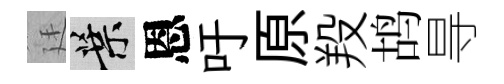
廷葉恩吁原羖鸪㝵